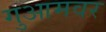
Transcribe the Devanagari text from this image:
गुआमवर